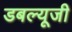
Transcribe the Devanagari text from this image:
डबल्यूजी